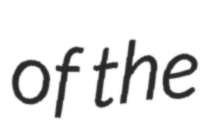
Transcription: of the